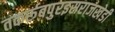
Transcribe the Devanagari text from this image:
तकर्रूबपुरइसराजखेडी